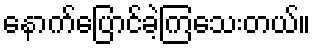
နောက်ပြောင်ခဲ့ကြသေးတယ်။